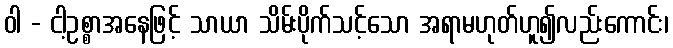
ဝါ - ငါ့ဥစ္စာအနေဖြင့် သာယာ သိမ်းပိုက်သင့်သော အရာမဟုတ်ဟူ၍လည်းကောင်း၊